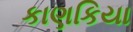
કાણકિયા